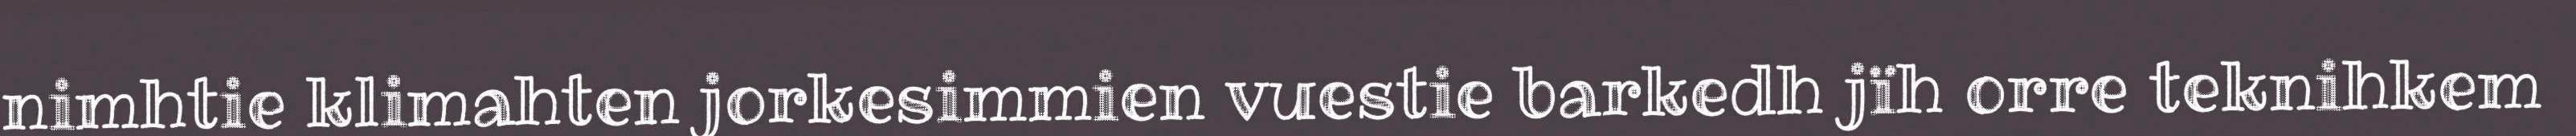
nimhtie klimahten jorkesimmien vuestie barkedh jïh orre teknihkem